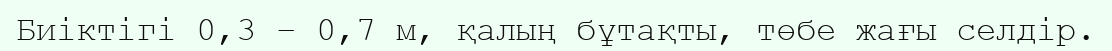
Биіктігі 0,3 – 0,7 м, қалың бұтақты, төбе жағы селдір.